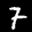
Label: 7